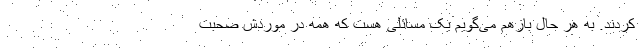
کردند. به هر حال بازهم می‌گویم یک مسائلی هست که همه در موردش صحبت